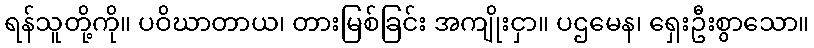
ရန်သူတို့ကို။ ပဝိဃာတာယ၊ တားမြစ်ခြင်း အကျိုးငှာ။ ပဌမေန၊ ရှေးဦးစွာသော။